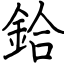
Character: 鉿